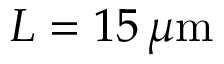
L = 1 5 \, \mu \mathrm { m }